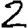
Digit: 2